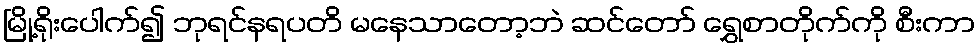
မြို့ရိုးပေါက်၍ ဘုရင်နရပတိ မနေသာတော့ဘဲ ဆင်တော် ရွှေစာတိုက်ကို စီးကာ